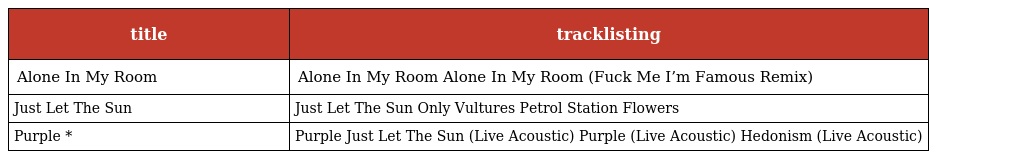
| title | tracklisting |
 | --- | --- |
 | Alone In My Room | Alone In My Room Alone In My Room (Fuck Me I’m Famous Remix) |
 | Just Let The Sun | Just Let The Sun Only Vultures Petrol Station Flowers |
 | Purple * | Purple Just Let The Sun (Live Acoustic) Purple (Live Acoustic) Hedonism (Live Acoustic) |